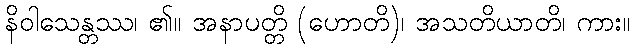
နိဝါသေန္တဿ၊ ၏။ အနာပတ္တိ (ဟောတိ)၊ အသတိယာတိ၊ ကား။